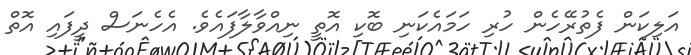
އަލިކަން ފެތުރޭހެން ހުރި ހަމައެކަނި ބޮކި އޮތީ ނިއްވާލާފައެވެ. އެހެނަސް ދީފައި އޮތް